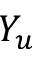
Y _ { u }